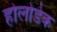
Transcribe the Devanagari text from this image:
होलोडेक